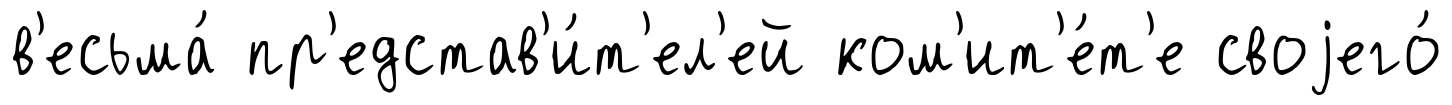
в'есьма́ пр'едстав'и́т'ел'ей ком'ит'е́т'е своjего́